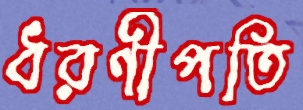
ধরণীপতি